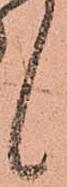
候